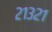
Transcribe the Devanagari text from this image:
२१३२१